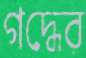
গদ্ধের